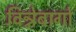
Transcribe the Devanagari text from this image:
विन्नेबागो